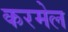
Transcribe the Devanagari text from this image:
करमेल